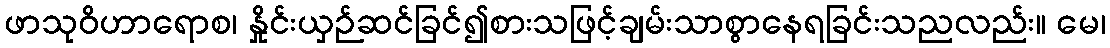
ဖာသုဝိဟာရောစ၊ နှိုင်းယှဉ်ဆင်ခြင်၍စားသဖြင့်ချမ်းသာစွာနေရခြင်းသညလည်း။ မေ၊